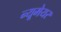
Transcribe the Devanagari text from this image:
न्यूमेयर